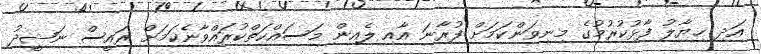
އަދި ޚިޔާލު ފާޅުކުރުމުގެ މިނިވަންކަމަށް ފުރާނަ އާއި ލެއިން މަސައްކަތްކުރައްވާނެކަމަށް ރައީސް ނަޝީދު